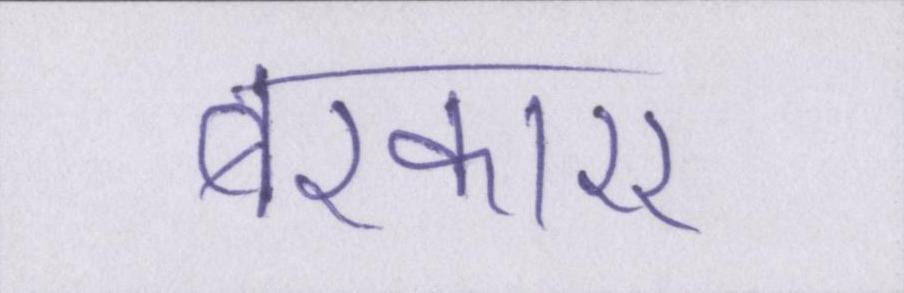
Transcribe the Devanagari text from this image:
बरकारर